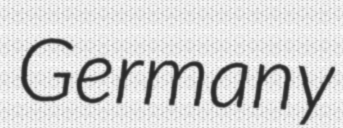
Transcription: Germany